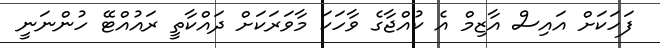
ފަހަކަށް އައިސް އާޒިމް އެ ކުއްޖާގެ ވާހަކަ މާވަރަކަށް ދައްކާތީ ރައުއްޓޭ ހުންނަނީ